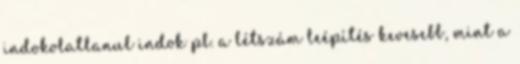
indokolatlanul indok pl. a létszám leépítés kevesebb, mint a